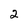
Character: 2